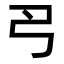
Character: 𢎛